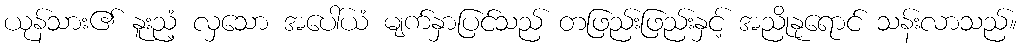
ယုန်သား၏ နူးညံ့ လှသော အပေါ်ယံ မျက်နှာပြင်သည် တဖြည်းဖြည်းနှင့် အညိုနုရောင် သန်းလာသည်။